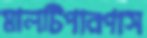
মালটিপারপাস